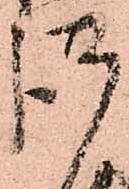
謹